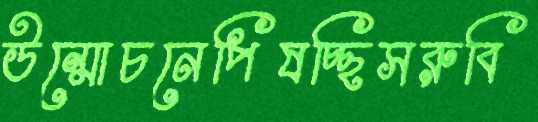
উন্মোচনেপিষচ্ছিসরুবি